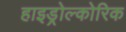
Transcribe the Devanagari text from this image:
हाइड्रोल्कोरिक